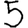
Digit: 5